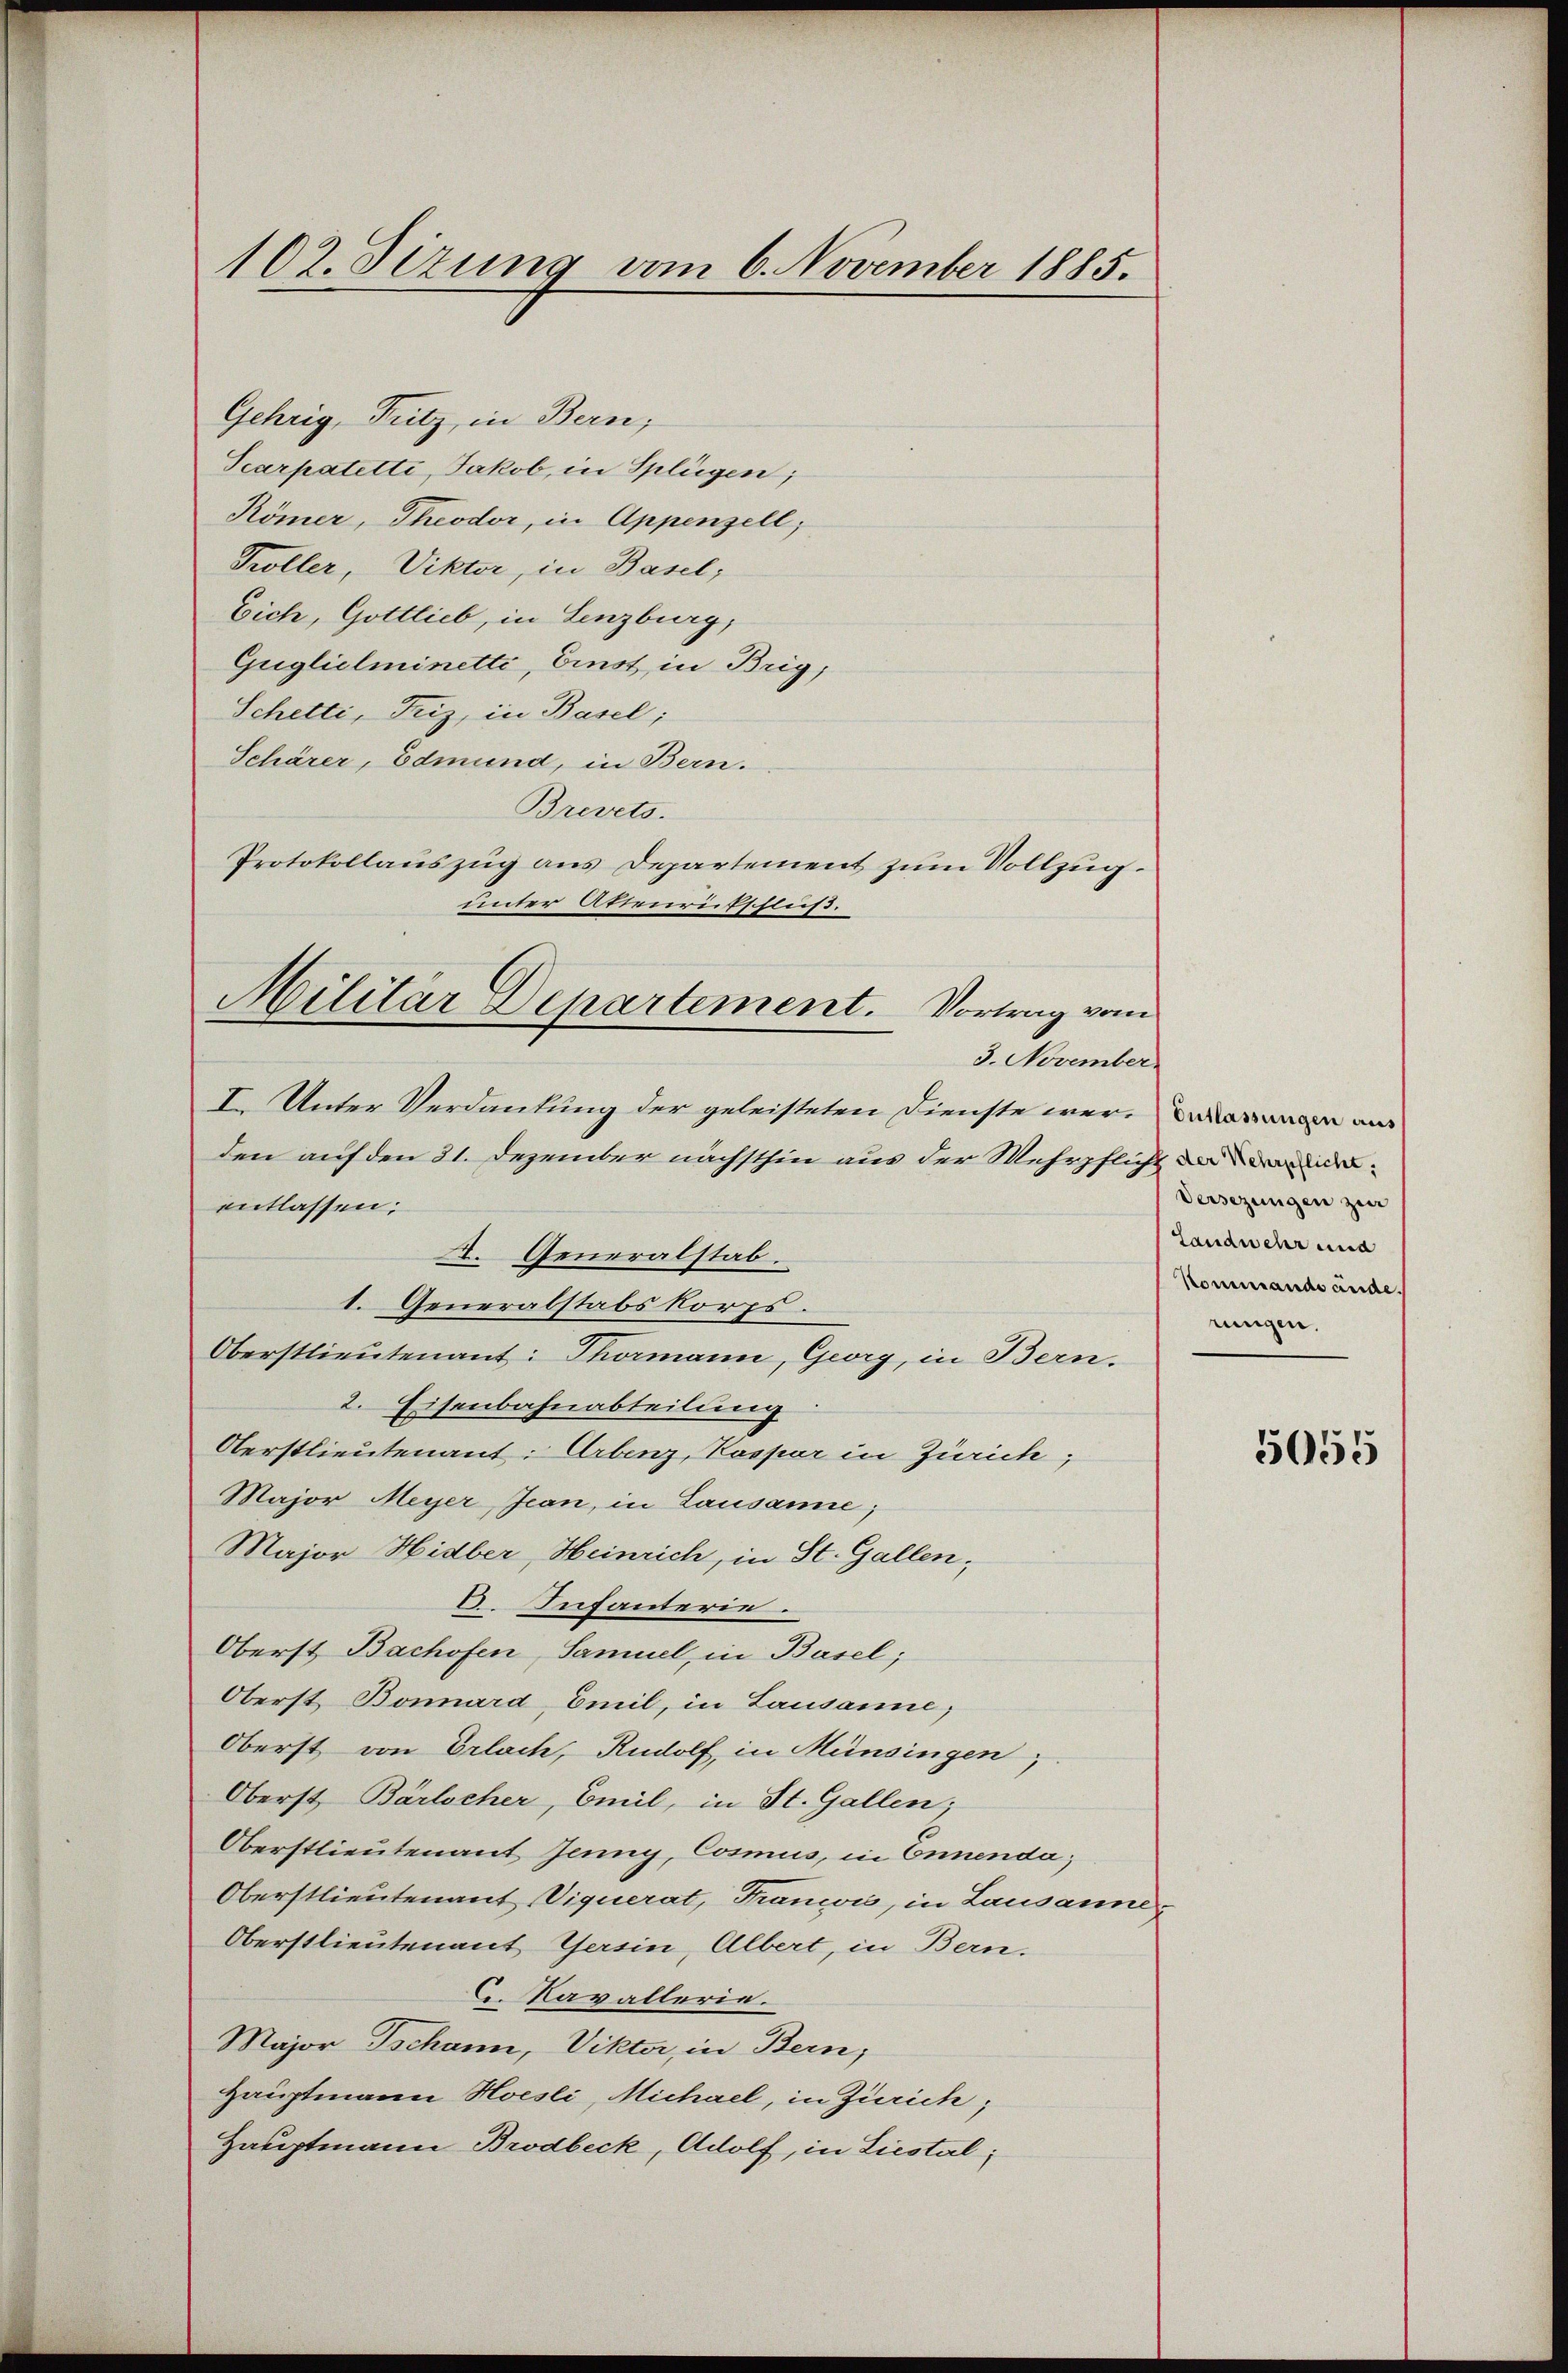
102. Sizung vom 6. November 1885.

Gehrig, Fritz, in Bern,
Scarpatetti, Jakob, in Splügen;
Römer, Theodor, in Appenzell,
Koller, Viktor, in Basel;
Eich, Gottlieb, in Lenzburg,
Guglielminetti, Einst in Brig,
Schetti, Friz, in Basel;
Schärer, Edmund, in Bern.
Brevets.
Protokollauszug aus Departement zum Vollzug.
den auf den 31. Dezember nächsthin aus der Mehrpflicht anwenentlassen:
. Generalstab.
1. Generalstabskorps.
Oberstlieutenant: Thormann, Georg, in Bern.
2. Eisenbahnabteilung
Oberstlieutenant: Arbenz, Kaspar in Zürich;
Major Meyer Jean, in Lausanne;
Major Hidber, Heinrich, in St. Gallen,
D. Infanterie.
Oberst Bachofen, Samuel, in Basel;
Oberst Bonard, Emil, in Lausanne,
Oberst von Erlach, Rudolf, in Münsingen,
Oberst Bärlicher, Emil, in St. Gallen;
Oberstlieutenant Jenny, Cosmus, in Ennenda,
Oberstlieutenant Viquerat, Trancoi, in Lausanne¬
Oberstlieutenant Gesin, Albert, in Bern.
C. Navallerie.
Major Jschann, Viktor, in Bern;
Hauptmann Hoesli, Michael, in Zürich;
Hauptmann Brodbeck, Adolf, in Liestal

unter Aktenriefschließ.
Militär Departement. Vortrag vom
3. November.
I. Unter Verdankung der geleisteten Dienste werden au

Versezungen zur
Landwehr und
Kommand ande.
rungen.

5055